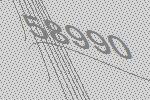
58990